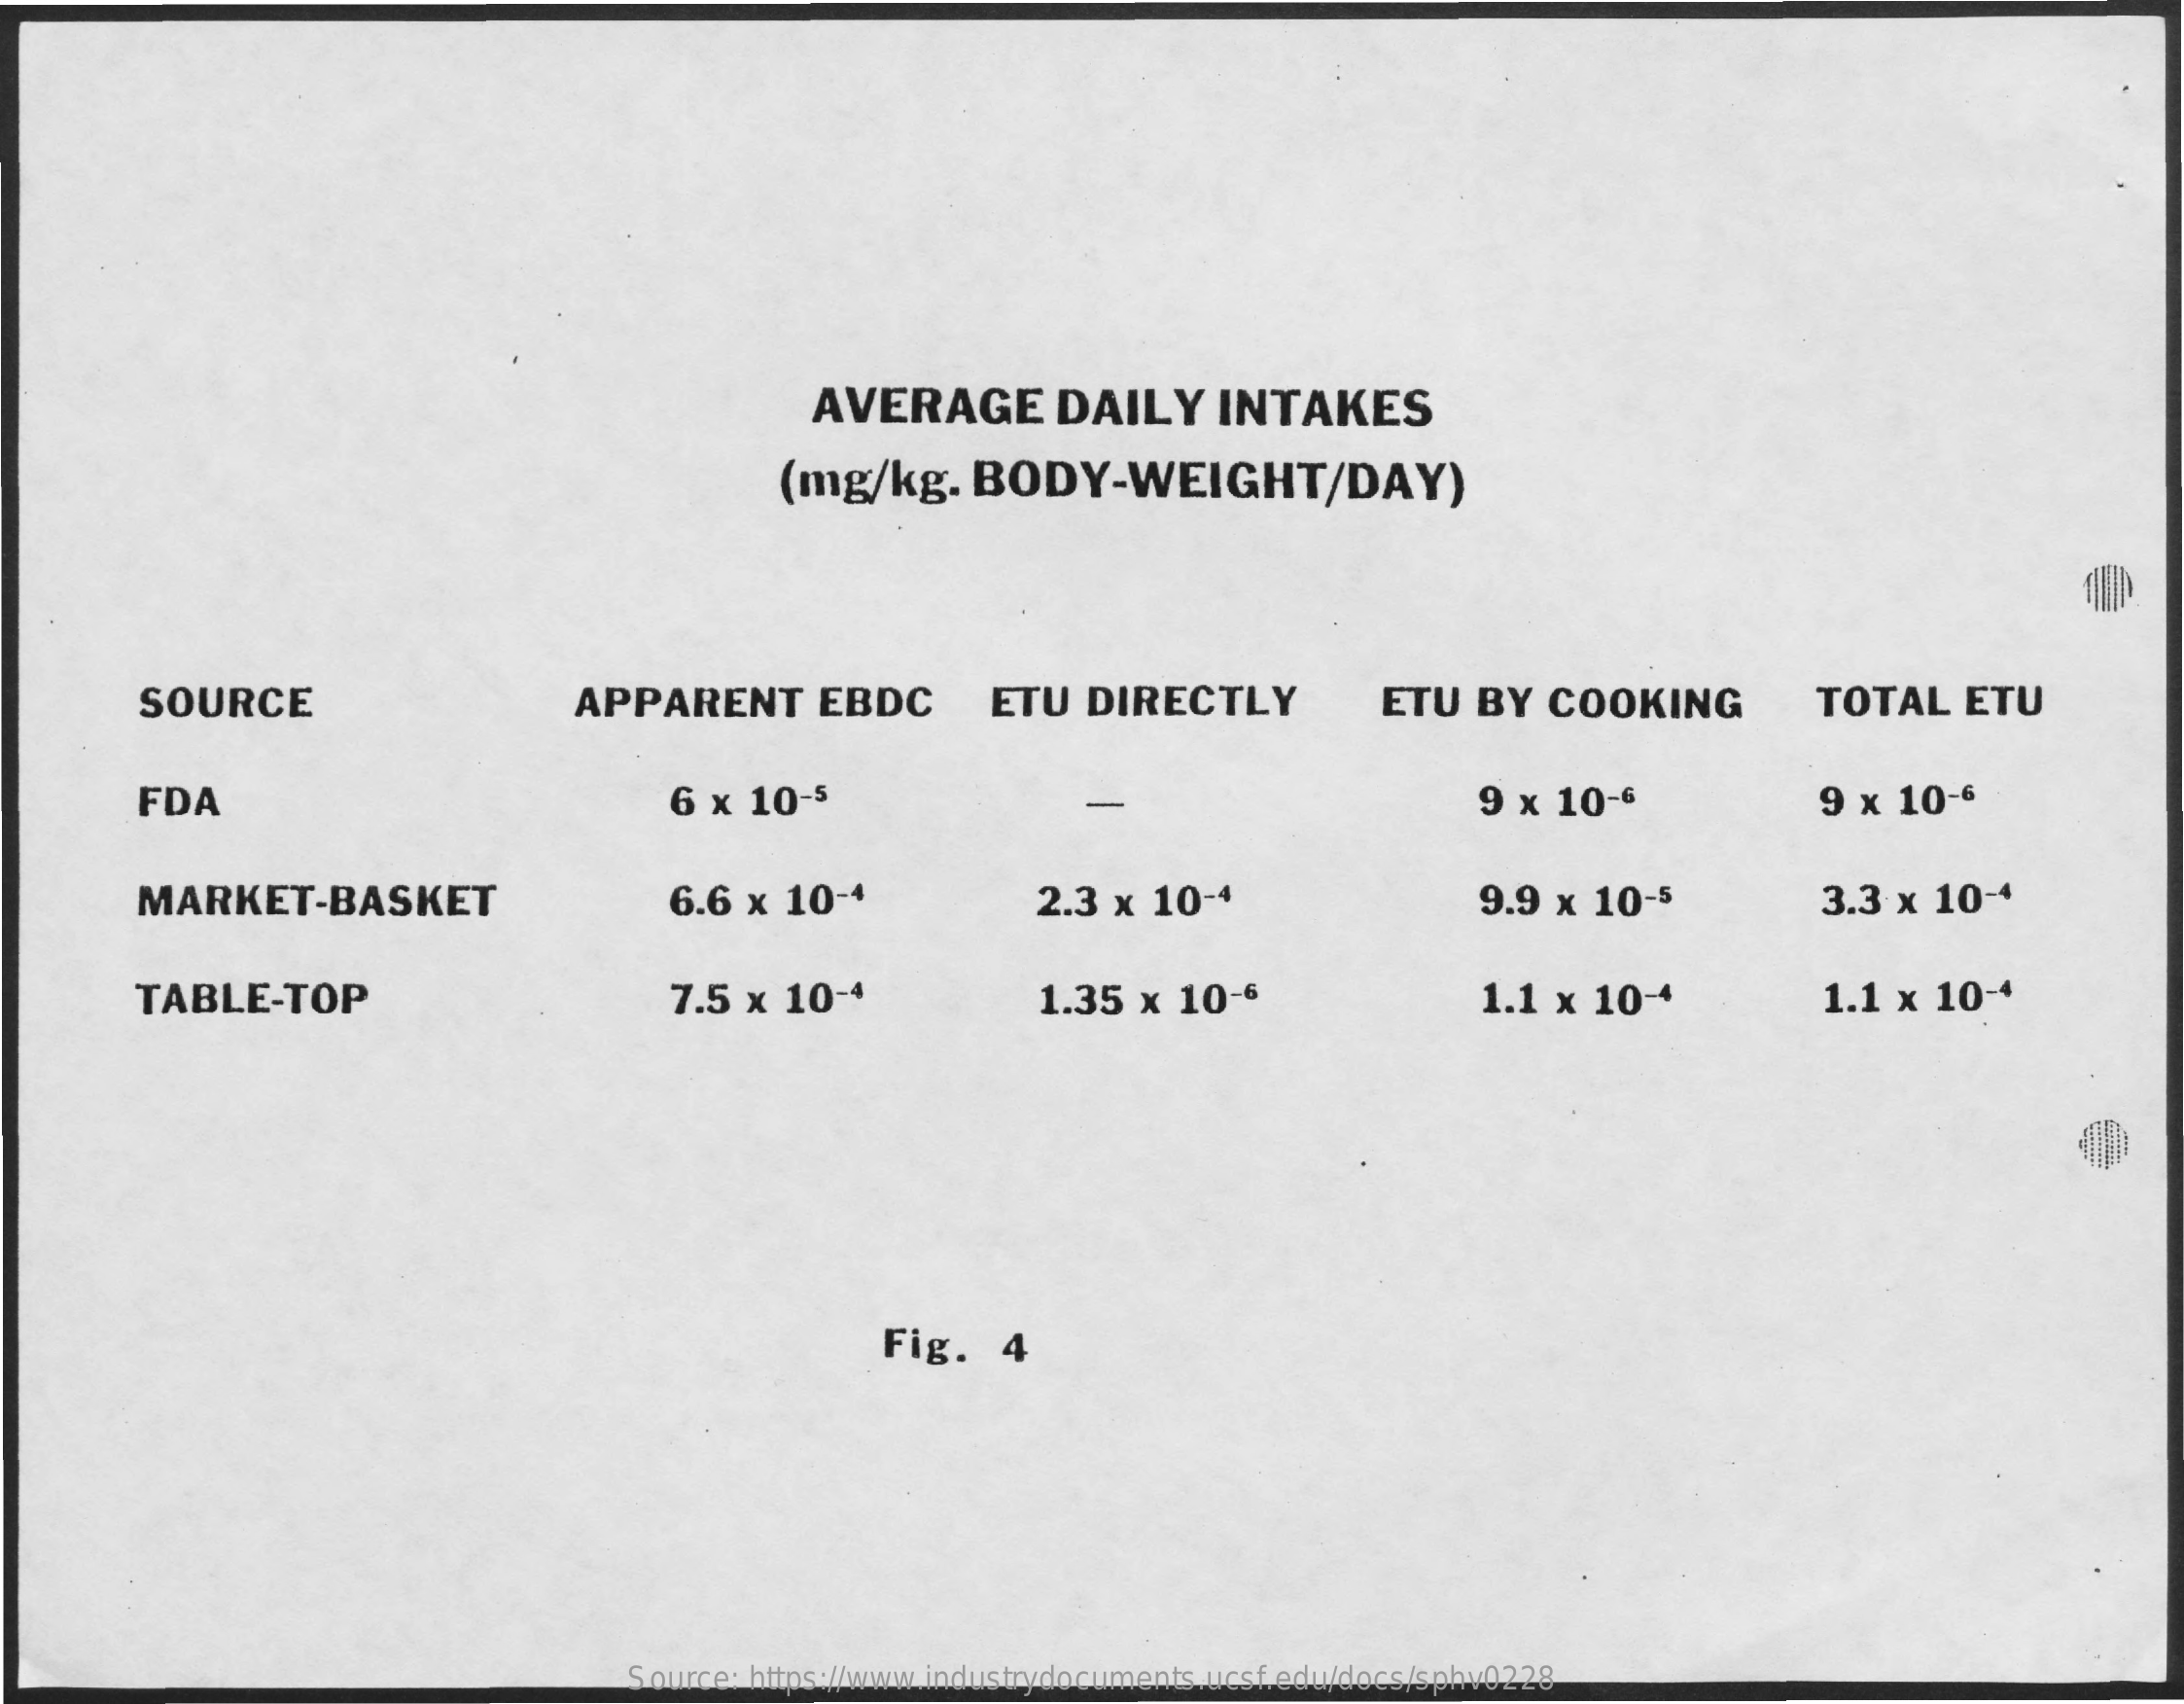
AVERAGE    DAILY    INTAKES
     (mg/kg.    BODY-WEIGHT/DAY)
     SOURCE    APPARENT    EBDC    ETU   DIRECTLY    ETU   BY   COOKING    TOTAL    ETU
     FDA    6 ×  10-5    9 × 10-6    9 ×  10-6
     MARKET-BASKET    6.6 x  10-4    2.3  × 10-4    9.9 ×  10-5    3.3 x 10-4
     TABLE-TOP    7.5 x  10-4    1.35  × 10-6    1.1 ×  10-4    1.1  × 10-4
     Fig.    4
     Source: https://www.industrydocuments.ucsf.edu/docs/sphv0228